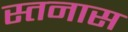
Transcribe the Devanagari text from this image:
स्तनास